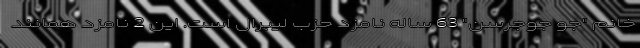
خانم "جو جوجرسن" 63 ساله نامزد حزب لیبرال است. این 2 نامزد همانند